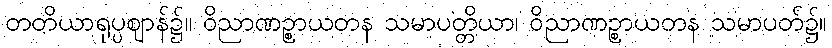
တတိယာရုပ္ပဈာန်၌။ ဝိညာဏဉ္စာယတန သမာပတ္တိယာ၊ ဝိညာဏဉ္စာယတန သမာပတ်၌။